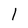
Character: 1